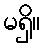
မရှိ။